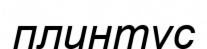
плинтус